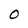
Character: 0